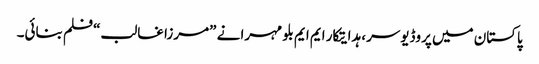
پاکستان میں پروڈیوسر، ہدایتکار ایم ایم بلو مہرا نے ”مرزا غالب“فلم بنائی۔